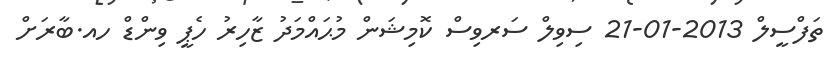
ތަފްސީލް 2013-01-21 ސިވިލް ސަރވިސް ކޮމިޝަން މުޙައްމަދު ޒާހިރު ހެޕީ ވިންޑް ހއ.ބާރަށް